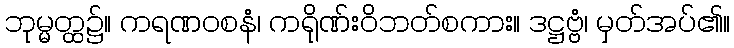
ဘုမ္မတ္ထ၌။ ကရဏဝစနံ၊ ကရိုဏ်းဝိဘတ်စကား။ ဒဋ္ဌဗ္ဗံ၊ မှတ်အပ်၏။